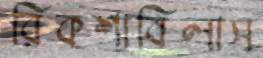
রিকশাবিলাস